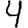
Digit: 4